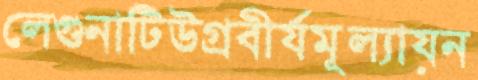
লেগুনাটিউগ্রবীর্যমূল্যায়ন